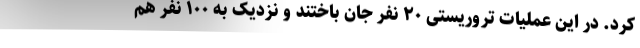
کرد. در این عملیات تروریستی ۲۰ نفر جان باختند و نزدیک به ۱۰۰ نفر هم